Annual statistical returns and brief notes on vaccination in Bengal - 1896-1909
Year: 1896
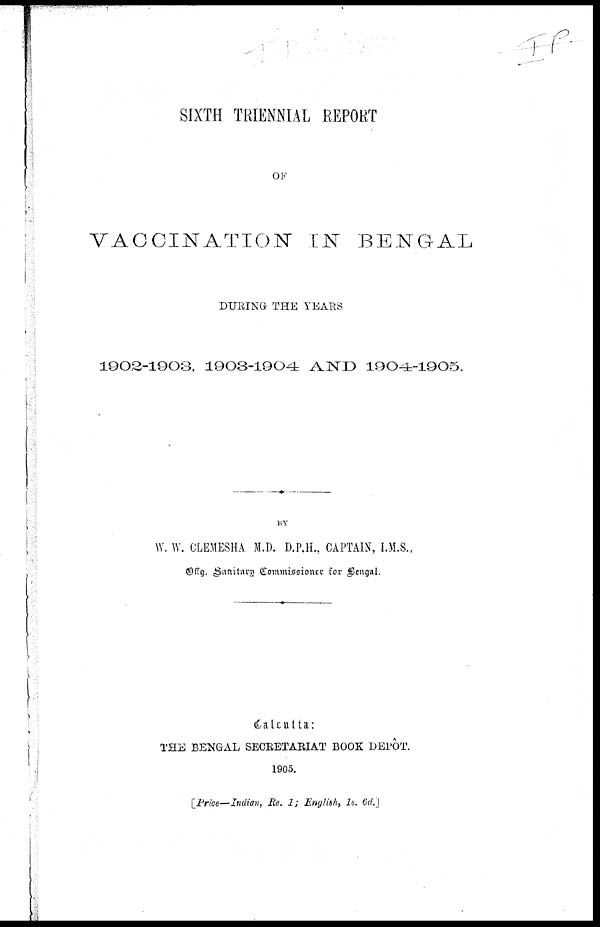
SIXTH TRIENNIAL REPORT
OF
VACCINATION IN BENGAL
DURING THE YEARS
1902-1903, 1903-1904 AND 1904-1905.
BY
W. W. CLEMESHA M.D. D.P.H., CAPTAIN, I.M.S.,
Offg. Sanitary Commissioner for Bengal.
Calcutta :
THE BENGAL SECRETARIAT BOOK DEPÔT.
1905.
[Price—Indian, Re. 1; English, 1s. 6d.]